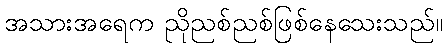
အသားအရေက ညိုညစ်ညစ်ဖြစ်နေသေးသည်။